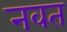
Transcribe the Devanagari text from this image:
नवत